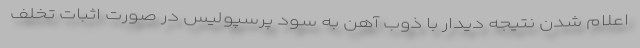
اعلام شدن نتیجه دیدار با ذوب آهن به سود پرسپولیس در صورت اثبات تخلف